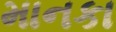
માનકા